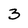
Character: 3